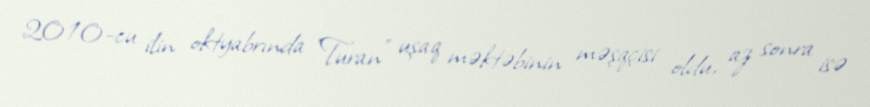
2010-cu ilin oktyabrında "Turan" uşaq məktəbinin məşqçisi oldu, az sonra isə